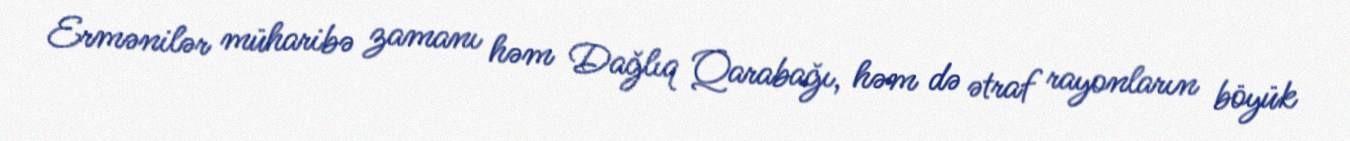
Ermənilər müharibə zamanı həm Dağlıq Qarabağı, həm də ətraf rayonların böyük